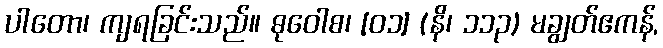
ပါတော၊ ကျရခြင်းသည်။ ဓုဝေါစ၊ [၀၁] (နိ၊ ၁၁၃) မချွတ်ဧကန်,